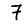
Digit: 7